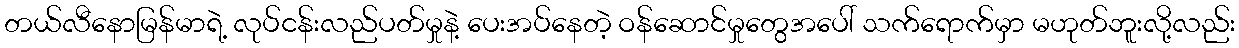
တယ်လီနောမြန်မာရဲ့ လုပ်ငန်းလည်ပတ်မှုနဲ့ ပေးအပ်နေတဲ့ ဝန်ဆောင်မှုတွေအပေါ် သက်ရောက်မှာ မဟုတ်ဘူးလို့လည်း